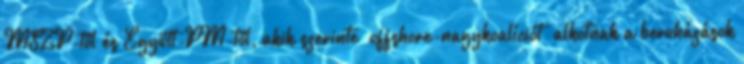
MSZP-től és Együtt-PM-től, akik szerinte “offshore-nagykoalíciót” alkotnak a beruházások